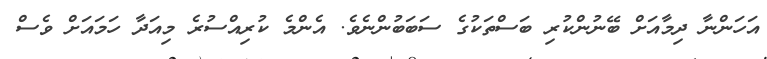
އަހަންނާ ދިމާއަށް ބޭނުންކުރި ބަސްތަކުގެ ސަބަބުންނެވެ. އެންމެ ކުރިއްސުރެ މިއަދާ ހަމައަށް ވެސް